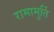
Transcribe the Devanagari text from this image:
रामामुर्ति